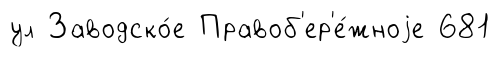
ул Заводско́е Правоб'ер'е́жноjе 681